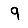
Digit: 9